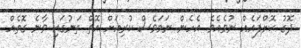
ދޮގު ކޮށްފައެއް ނުވެއެވެ. އެހެން ނަމަވެސް ކުރިއަށް އޮތް ތަނުގައި ވާނެ ގޮތެއް